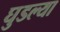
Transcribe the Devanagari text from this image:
घुडल्या